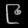
Digit: ၉